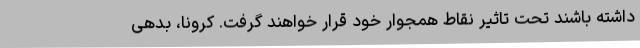
داشته باشند تحت تاثیر نقاط همجوار خود قرار خواهند گرفت. کرونا، بدهی